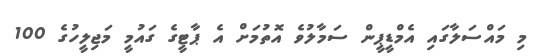
މި މައްސަލާގައި އެމްޑީޕީން ސަމާލުވެ އޮތުމަށް އެ ޕާޓީގެ ގައުމީ މަޖިލީހުގެ 100